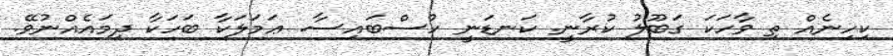
ކިހިނެއް ތި ވާހަކަ ގަބޫލު ކުރާނީ. ކަނޑަނީ ހުސްބައިސާ. ޢަމަލަކާ ބަހަކާ ދިމައެއްނުވޭ.